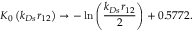
K _ { 0 } \left( k _ { D s } r _ { 1 2 } \right) \rightarrow - \ln \left( { \frac { k _ { D s } r _ { 1 2 } } { 2 } } \right) + 0 . 5 7 7 2 .